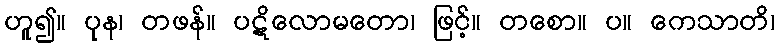
ဟူ၍။ ပုန၊ တဖန်။ ပဋိလောမတော၊ ဖြင့်။ တစော။ ပ။ ကေသာတိ၊